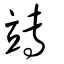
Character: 竱